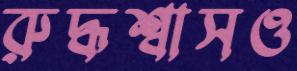
রুদ্ধশ্বাসও